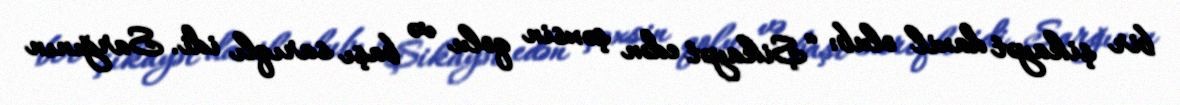
bir şikayət daxil olub: “Şikayət edən şəxsin qolu və başı sarıqlı idi. Sarğının